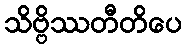
သိဗ္ဗိဿတီတိပေ